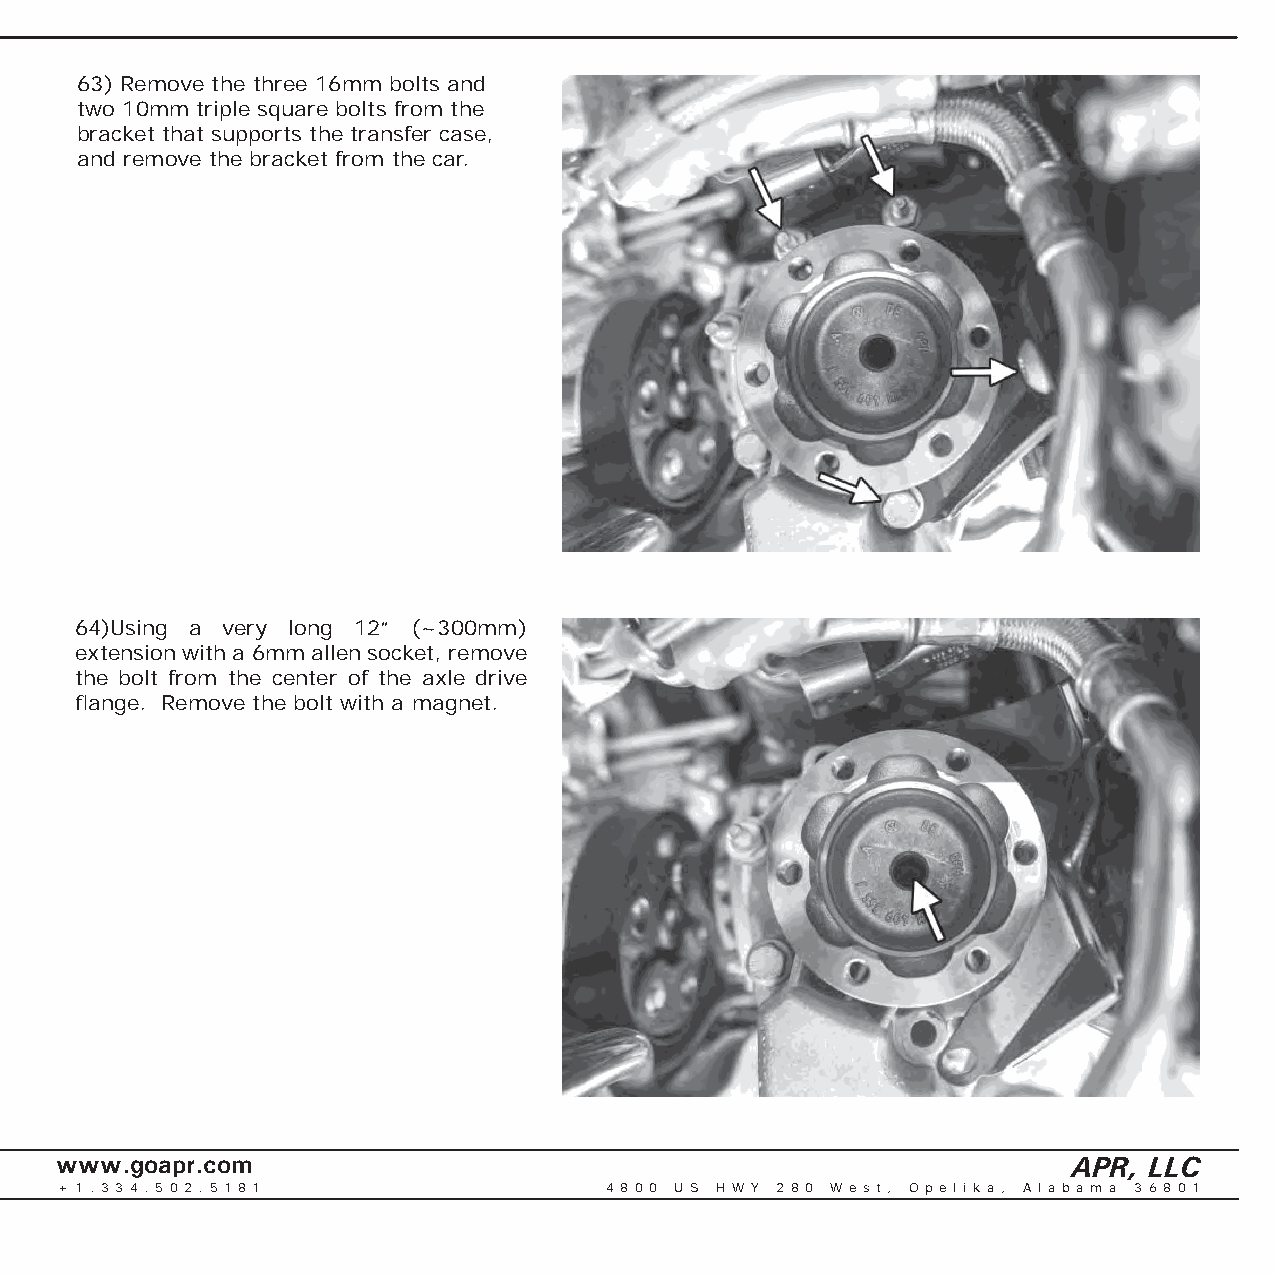
63) Remove the three 16mm bolts and
 two 10mm triple square bolts from the
 bracket that supports the transfer case,
 and remove the bracket from the car.
 64)Using a very long 12” (~300mm)
 extension with a 6mm allen socket, remove
 the bolt from the center of the axle drive
 fl ange. Remove the bolt with a magnet.
 www.goapr.com                                                      APR, LLC
 + 1 . 3 3 4 . 5 0 2 . 5 1 8 1       4 8 0 0 U S H W Y 2 8 0 We s t , O p e l i k a , A l a b a m a 3 6 8 0 1